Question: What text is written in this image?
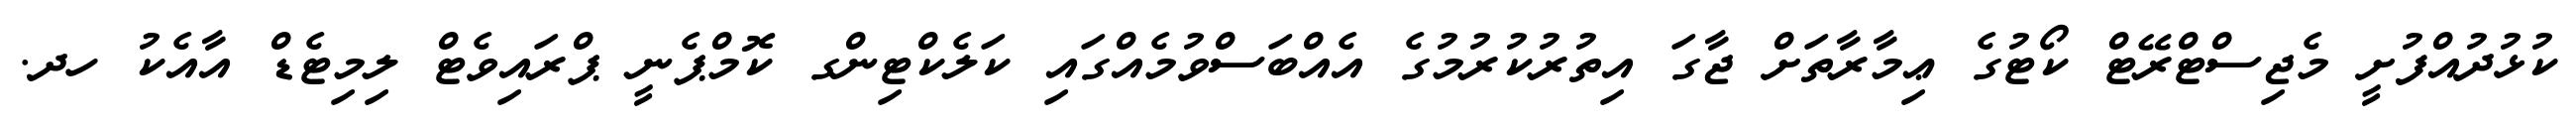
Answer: ކުޅުދުއްފުށީ މެޖިސްޓްރޭޓް ކޯޓުގެ ޢިމާރާތަށް ޖާގަ އިތުރުކުރުމުގެ އެއްބަސްވުމެއްގައި ކަލެކްޓިންގ ކޮމްޕެނީ ޕްރައިވެޓް ލިމިޓެޑް އާއެކު ހދ.